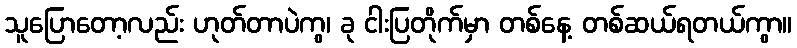
သူပြောတော့လည်း ဟုတ်တာပဲကွ၊ ခု ငါးပြတိုက်မှာ တစ်နေ့ တစ်ဆယ်ရတယ်ကွာ။